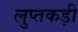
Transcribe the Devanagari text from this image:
लुप्तकड़ी